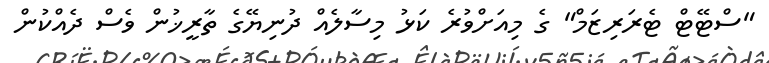
"ސްޓޭޓް ޓެރަރިޒަމް" ގެ މިއަށްވުރެ ކަޅު މިސާލެއް ދުނިޔޭގެ ތާރީޚުން ވެސް ދެއްކުން